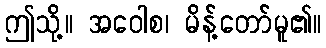
ဤသို့။ အဝေါစ၊ မိန့်တော်မူ၏။